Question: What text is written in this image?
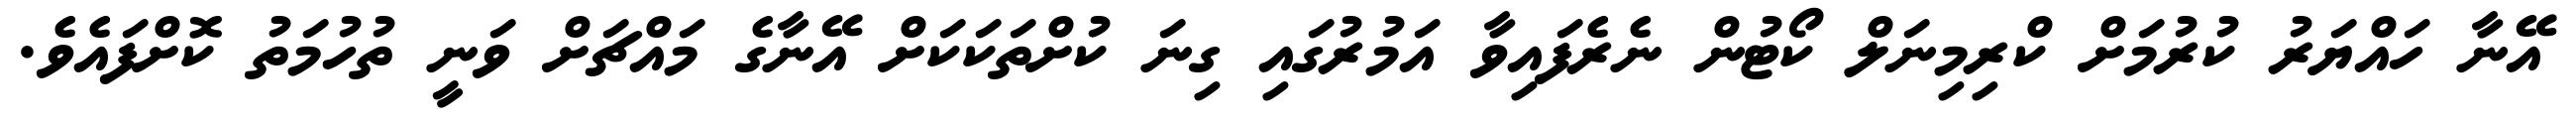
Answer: އޭނާ ހައްޔަރު ކުރުމަށް ކްރިމިނަލް ކޯޓުން ނެރެފައިވާ އަމުރުގައި ގިނަ ކުށްތަކަކަށް އޭނާގެ މައްޗަށް ވަނީ ތުހުމަތު ކޮށްފައެވެ.